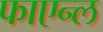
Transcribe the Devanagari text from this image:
फाएन्ल